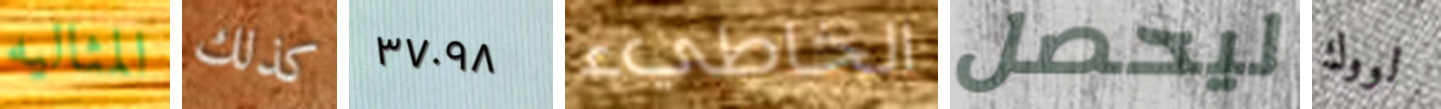
المثاليه كذلك ٣٧٠٩٨ الخاطيء ليحصل لووك